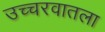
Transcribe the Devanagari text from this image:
उच्चरवातला